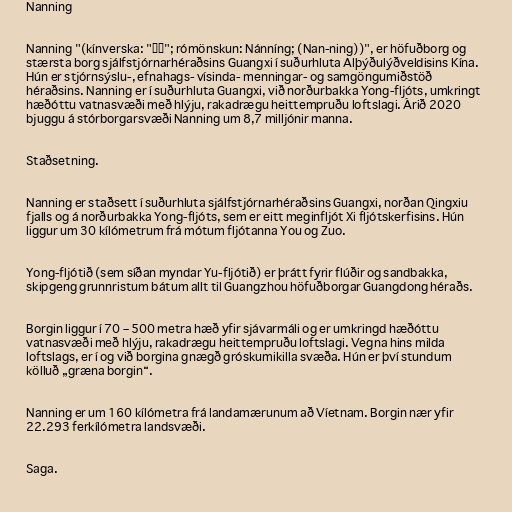
Nanning

Nanning "(kínverska: "南宁"; rómönskun: Nánníng; (Nan-ning))", er höfuðborg og
stærsta borg sjálfstjórnarhéraðsins Guangxi í suðurhluta Alþýðulýðveldisins Kína.
Hún er stjórnsýslu-, efnahags- vísinda- menningar- og samgöngumiðstöð
héraðsins. Nanning er í suðurhluta Guangxi, við norðurbakka Yong-fljóts, umkringt
hæðóttu vatnasvæði með hlýju, rakadrægu heittempruðu loftslagi. Árið 2020
bjuggu á stórborgarsvæði Nanning um 8,7 milljónir manna.

Staðsetning.

Nanning er staðsett í suðurhluta sjálfstjórnarhéraðsins Guangxi, norðan Qingxiu
fjalls og á norðurbakka Yong-fljóts, sem er eitt meginfljót Xi fljótskerfisins. Hún
liggur um 30 kílómetrum frá mótum fljótanna You og Zuo.

Yong-fljótið (sem síðan myndar Yu-fljótið) er þrátt fyrir flúðir og sandbakka,
skipgeng grunnristum bátum allt til Guangzhou höfuðborgar Guangdong héraðs.

Borgin liggur í 70 – 500 metra hæð yfir sjávarmáli og er umkringd hæðóttu
vatnasvæði með hlýju, rakadrægu heittempruðu loftslagi. Vegna hins milda
loftslags, er í og við borgina gnægð gróskumikilla svæða. Hún er því stundum
kölluð „græna borgin“.

Nanning er um 160 kílómetra frá landamærunum að Víetnam. Borgin nær yfir
22.293 ferkílómetra landsvæði.

Saga.